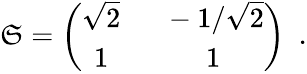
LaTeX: \mathfrak{S}=\left(\begin{array}{cc}{{\sqrt{2}\ }}&{{\ -1/\sqrt{2}}}\\ {{1\ }}&{{\ 1}}\end{array}\right)\ \ .